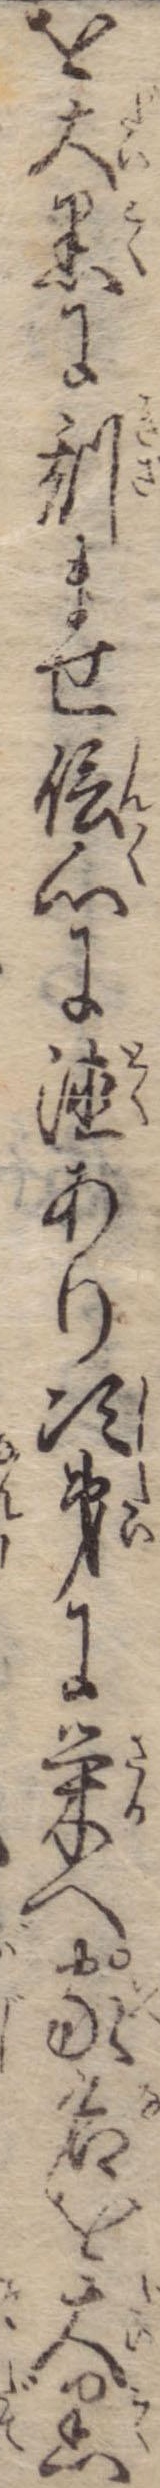
を大黒に刻ませ信心に徳あり次第に栄へ家名を大黒